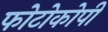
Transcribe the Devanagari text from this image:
फोटोकोपी